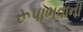
રૂપાભવાની